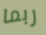
ربما